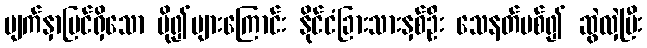
မျက်နှာပြင်ရှိသော ပို၍များကြောင်း နိုင်ငံခြားသားနှစ်ဦး သေနတ်ပစ်၍ ဆွဲလှဲပြီး